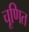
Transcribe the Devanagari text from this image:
चूणित